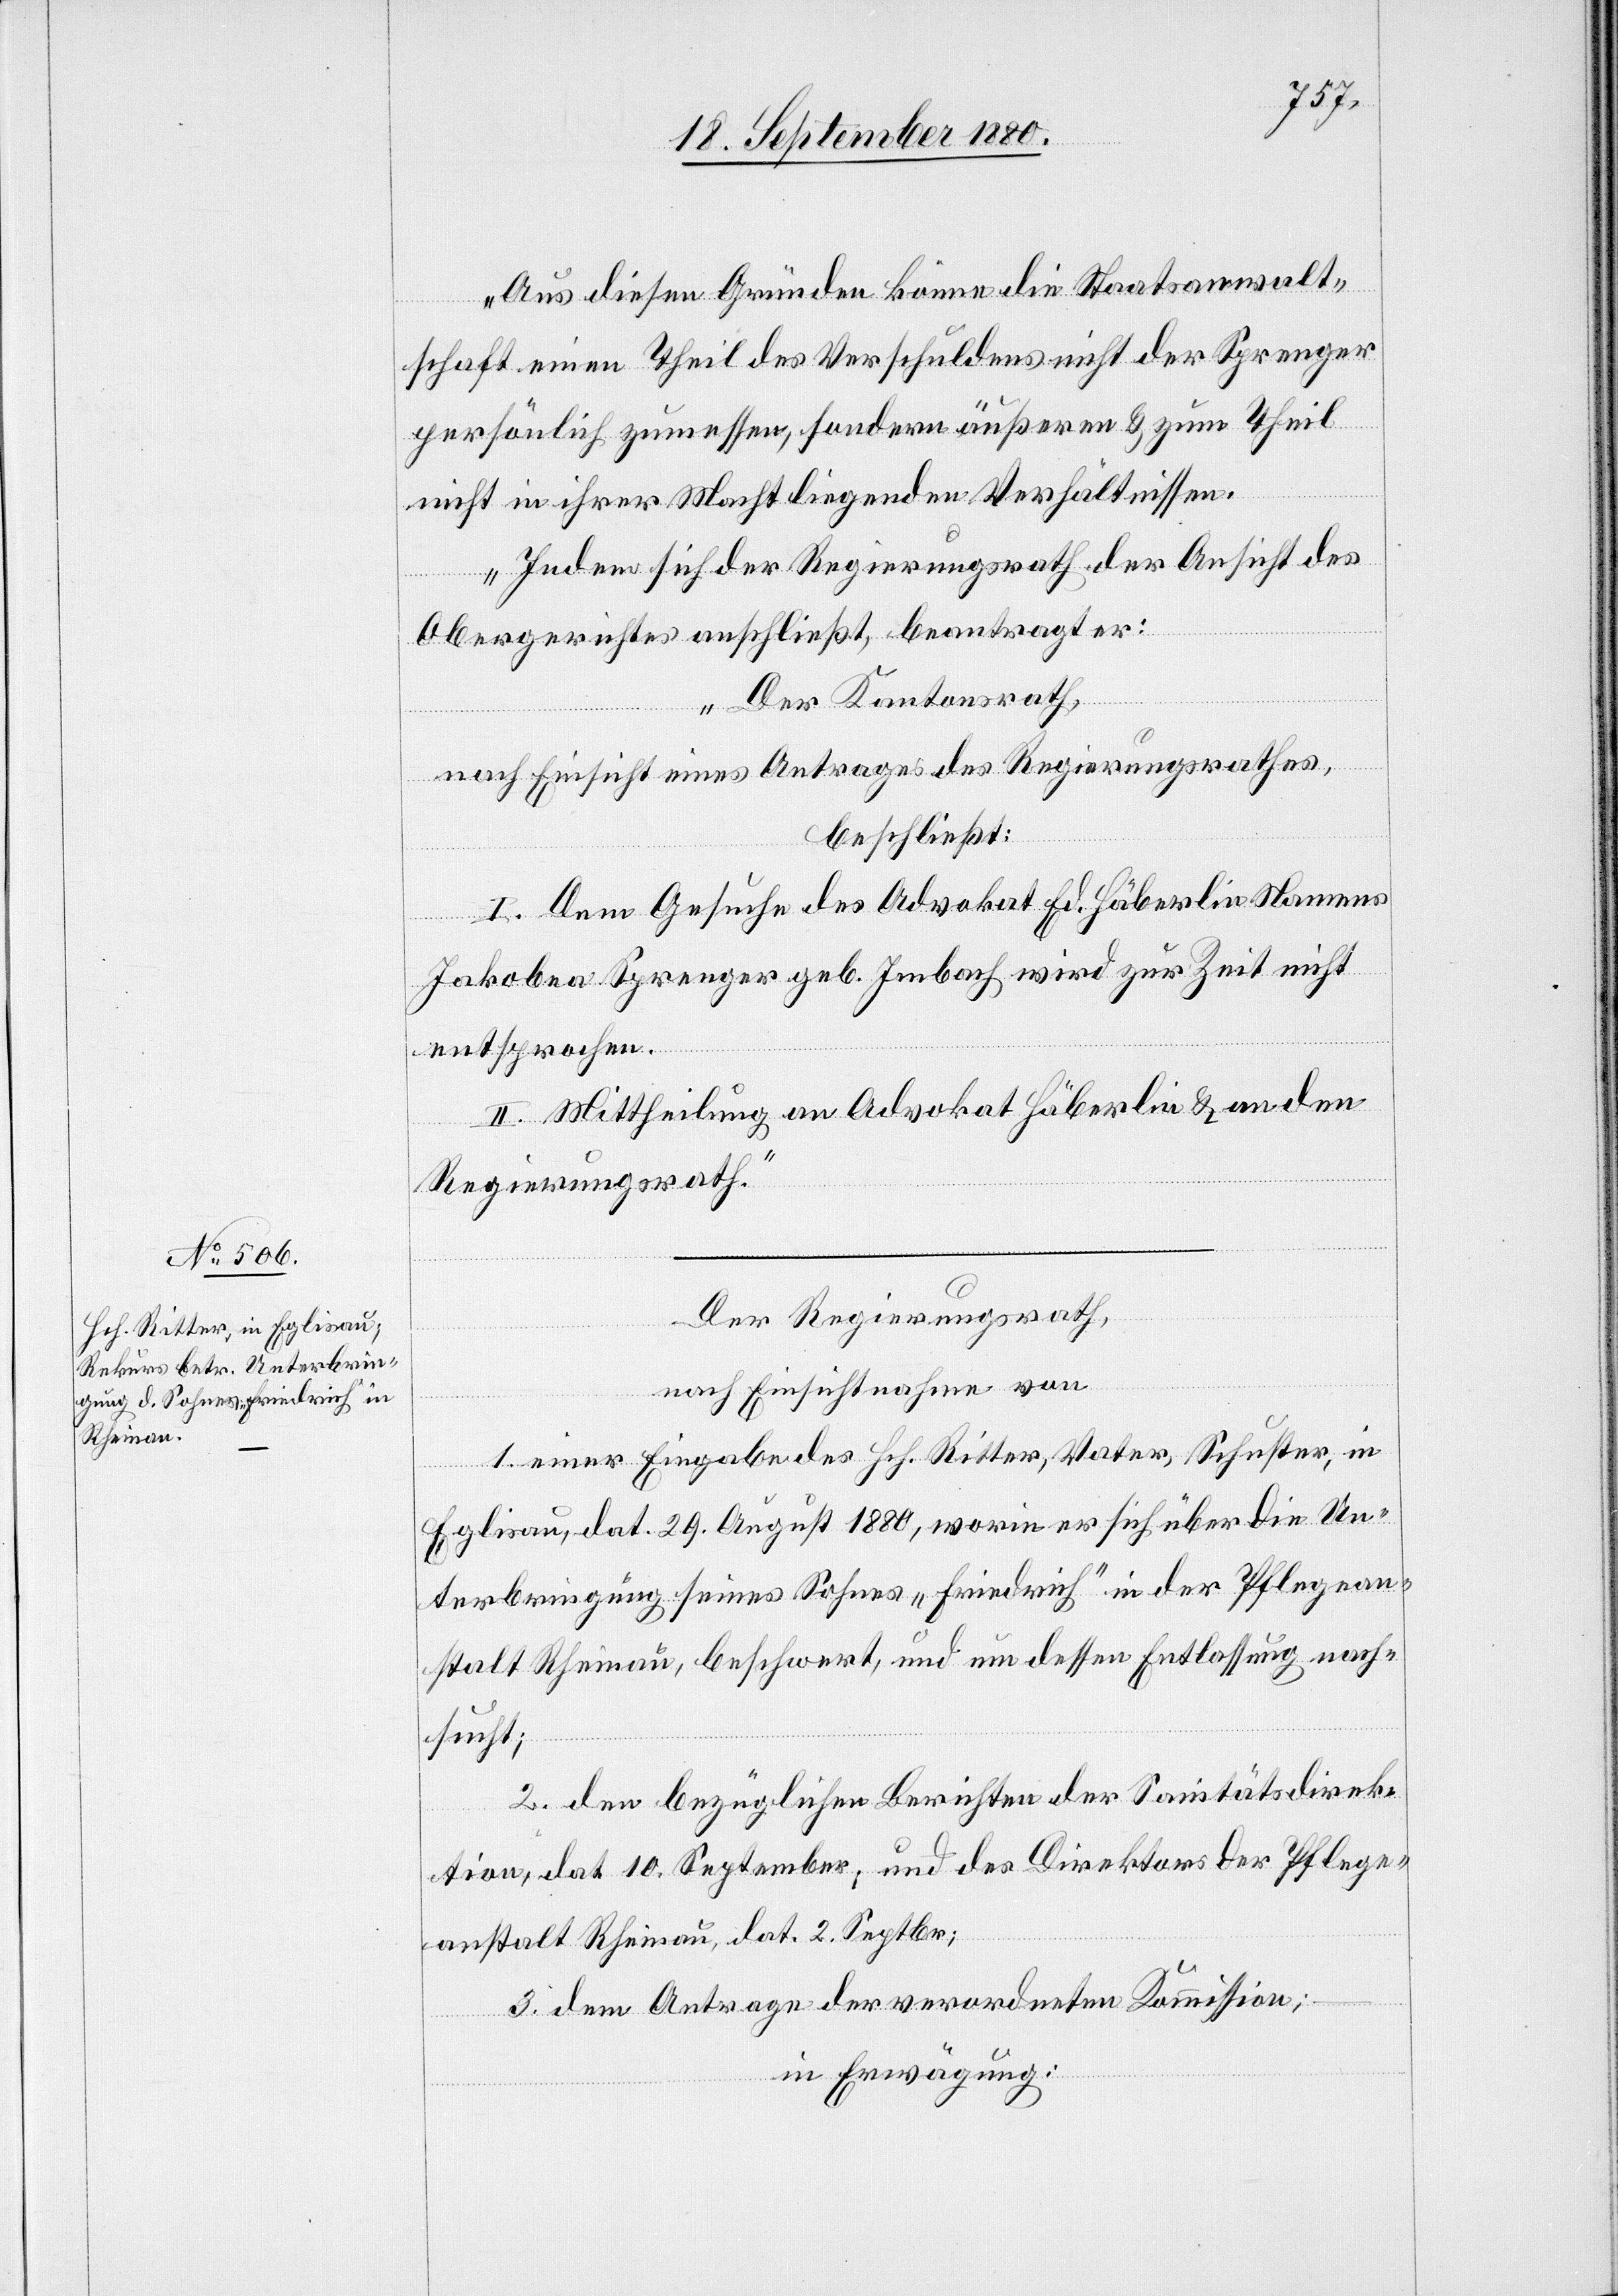
Aus diesem Grunde könne die Staatsanwalt¬
schaft einen Theil des Verschuldens nicht der Sprenger
persönlich zumessen, sondern äußeren & zum Theil
nicht in ihrer Macht liegenden Verhältnissen.
Indem sich der Regierungsrath der Ansicht des
Obergerichtes anschließt beantragt er:
„Der Kantonsrath,
nach Einsicht eines Antrages des Regierungsrathes,
beschließt:
I. Dem Gesuche des Advokat Ed. Häberlin Namens
Jakobea Sprenger geb. Imbach wird zur Zeit nicht
entsprochen.
II. Mittheilung an Advokat Häberlin & an den
Regierungsrath.“
Der Regierungsrath,
1. einer Eingabe des Hch. Ritter, Vater, Schuster, in
Eglisau, dat. 29. August 1880, worin er sich über die Un¬
terbringung seines Sohnes „Friedrich“ in der Pflegean¬
stalt Rheinau, beschwert, und um dessen Entlassung nach¬
sucht;
2. dem bezüglichen Berichten der Sanitätsdirek¬
tion, dat. 10. September, und des Direktors der Pflege¬
von
anstalt Rheinau, dat. 2. Septbr;
3. dem Antrage der verordneten Kommission;
in Erwägung: